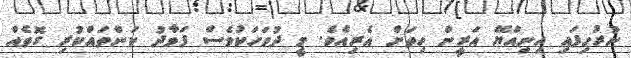
ނުރުހިފައި އިނިއްޔޭ އަރީން ހިތަށް އެރިއެވެ. މީ ދުވަހަކުވެސް ފަވާދު ކަންތައްކުރި ގޮތެއް